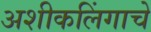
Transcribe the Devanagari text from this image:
अशीकलिंगाचे